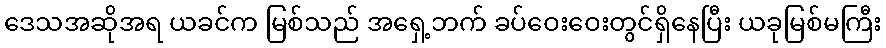
ဒေသအဆိုအရ ယခင်က မြစ်သည် အရှေ့ဘက် ခပ်ဝေးဝေးတွင်ရှိနေပြီး ယခုမြစ်မကြီး